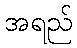
အရည်